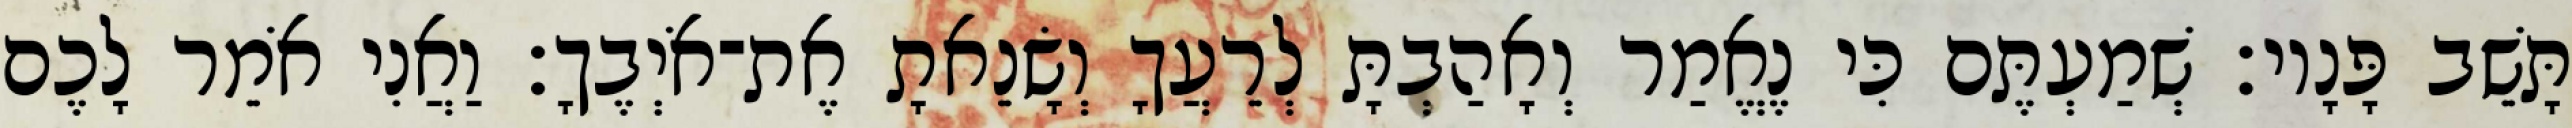
תָּשֵׁב פָּנָיו׃ שְׁמַעְתֶּם כִּי נֶאֱמַר וְאָהַבְתָּ לְרֵעֲךָ וְשָׂנֵאתָ אֶת־אֹיְבֶךָ׃ וַאֲנִי אֹמֵר לָכֶם